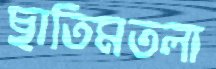
ছাতিমতলা